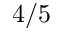
4 / 5